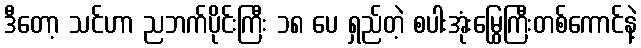
ဒီတော့ သင်ဟာ ညဘက်ပိုင်းကြီး ၁၈ ပေ ရှည်တဲ့ စပါးအုံးမြွေကြီးတစ်ကောင်နဲ့